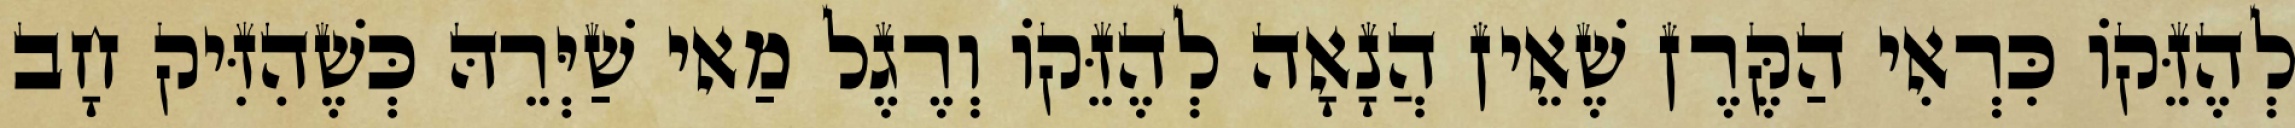
לְהֶזֵּקוֹ כִּרְאִי הַקֶּרֶן שֶׁאֵין הֲנָאָה לְהֶזֵּקוֹ וְרֶגֶל מַאי שַׁיְּרֵהּ כְּשֶׁהִזִּיק חָב